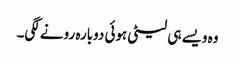
وہ ویسے ہی لیٹی ہوئی دوبارہ رونے لگی۔